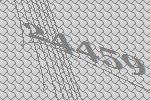
24459